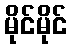
မိုင်မိုင်